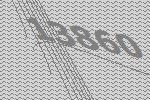
13860